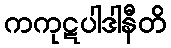
ကကုဋပါဒါနီတိ